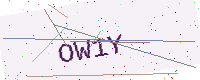
Text: OW1Y